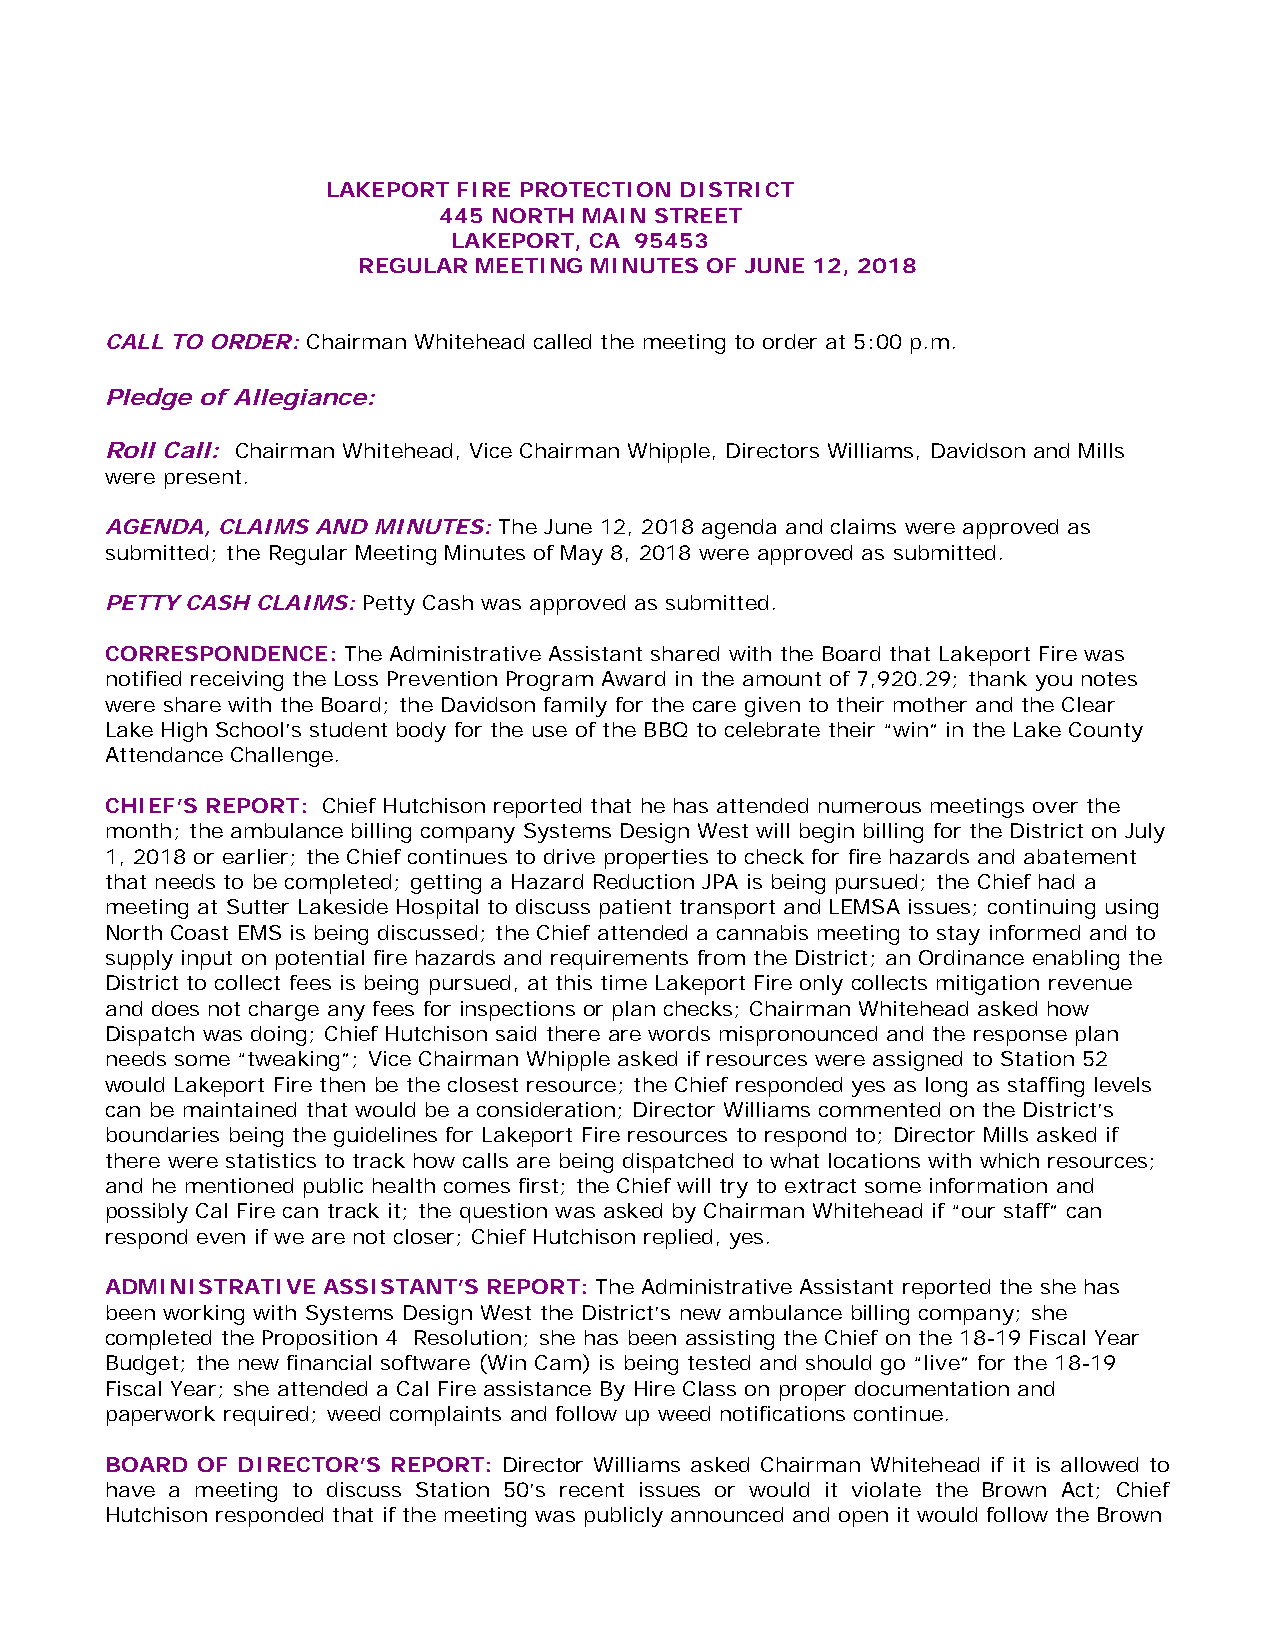
LAKEPORT FIRE PROTECTION DISTRICT
 445 NORTH MAIN STREET
 LAKEPORT, CA 95453
 REGULAR MEETING MINUTES OF JUNE 12, 2018
 CALL TO ORDER: Chairman Whitehead called the meeting to order at 5:00 p.m.
 Pledge of Allegiance:
 Roll Call: Chairman Whitehead, Vice Chairman Whipple, Directors Williams, Davidson and Mills
 were present.
 AGENDA, CLAIMS AND MINUTES: The June 12, 2018 agenda and claims were approved as
 submitted; the Regular Meeting Minutes of May 8, 2018 were approved as submitted.
 PETTY CASH CLAIMS: Petty Cash was approved as submitted.
 CORRESPONDENCE: The Administrative Assistant shared with the Board that Lakeport Fire was
 notified receiving the Loss Prevention Program Award in the amount of 7,920.29; thank you notes
 were share with the Board; the Davidson family for the care given to their mother and the Clear
 Lake High School’s student body for the use of the BBQ to celebrate their “win” in the Lake County
 Attendance Challenge.
 CHIEF’S REPORT: Chief Hutchison reported that he has attended numerous meetings over the
 month; the ambulance billing company Systems Design West will begin billing for the District on July
 1, 2018 or earlier; the Chief continues to drive properties to check for fire hazards and abatement
 that needs to be completed; getting a Hazard Reduction JPA is being pursued; the Chief had a
 meeting at Sutter Lakeside Hospital to discuss patient transport and LEMSA issues; continuing using
 North Coast EMS is being discussed; the Chief attended a cannabis meeting to stay informed and to
 supply input on potential fire hazards and requirements from the District; an Ordinance enabling the
 District to collect fees is being pursued, at this time Lakeport Fire only collects mitigation revenue
 and does not charge any fees for inspections or plan checks; Chairman Whitehead asked how
 Dispatch was doing; Chief Hutchison said there are words mispronounced and the response plan
 needs some “tweaking”; Vice Chairman Whipple asked if resources were assigned to Station 52
 would Lakeport Fire then be the closest resource; the Chief responded yes as long as staffing levels
 can be maintained that would be a consideration; Director Williams commented on the District’s
 boundaries being the guidelines for Lakeport Fire resources to respond to; Director Mills asked if
 there were statistics to track how calls are being dispatched to what locations with which resources;
 and he mentioned public health comes first; the Chief will try to extract some information and
 possibly Cal Fire can track it; the question was asked by Chairman Whitehead if “our staff” can
 respond even if we are not closer; Chief Hutchison replied, yes.
 ADMINISTRATIVE ASSISTANT’S REPORT: The Administrative Assistant reported the she has
 been working with Systems Design West the District’s new ambulance billing company; she
 completed the Proposition 4 Resolution; she has been assisting the Chief on the 18-19 Fiscal Year
 Budget; the new financial software (Win Cam) is being tested and should go “live” for the 18-19
 Fiscal Year; she attended a Cal Fire assistance By Hire Class on proper documentation and
 paperwork required; weed complaints and follow up weed notifications continue.
 BOARD OF DIRECTOR’S REPORT: Director Williams asked Chairman Whitehead if it is allowed to
 have a meeting to discuss Station 50’s recent issues or would it violate the Brown Act; Chief
 Hutchison responded that if the meeting was publicly announced and open it would follow the Brown